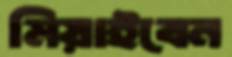
মিয়াইবেন